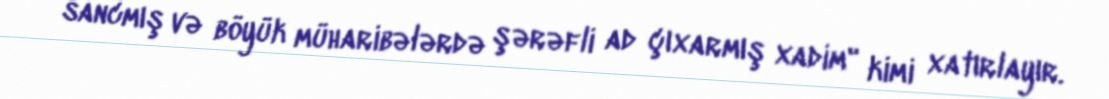
sancmış və böyük müharibələrdə şərəfli ad çıxarmış xadim" kimi xatırlayır.